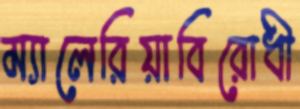
ম্যালেরিয়াবিরোধী